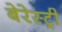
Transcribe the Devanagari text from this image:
बेरेस्ट्री